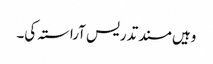
وہیں مسند تدریس آراستہ کی۔